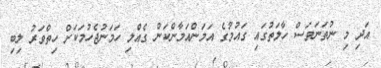
އަދި މި ނުތަނަވަސް ހާލަތުގައި ގައުމުގެ އަމަންއަމާންކަން ގެއްލި ހަމަނުޖެހުމަކަށް ހިތްވަރު ލިބި